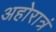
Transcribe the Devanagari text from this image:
अहोरात्रं